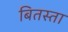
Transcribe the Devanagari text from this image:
बितस्ता